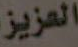
العزيز